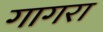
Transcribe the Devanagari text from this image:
गागरा